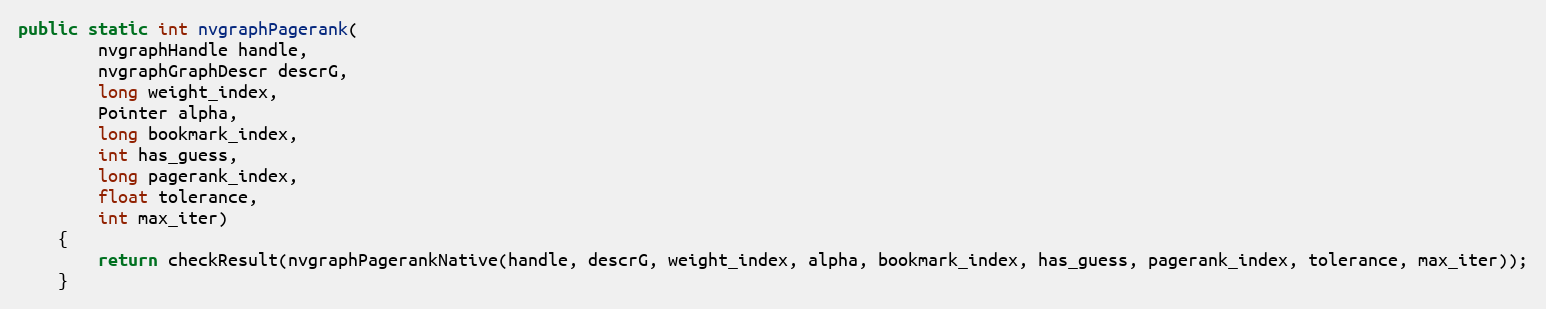
Language: Java
public static int nvgraphPagerank(
        nvgraphHandle handle,
        nvgraphGraphDescr descrG,
        long weight_index,
        Pointer alpha,
        long bookmark_index,
        int has_guess,
        long pagerank_index,
        float tolerance,
        int max_iter)
    {
        return checkResult(nvgraphPagerankNative(handle, descrG, weight_index, alpha, bookmark_index, has_guess, pagerank_index, tolerance, max_iter));
    }